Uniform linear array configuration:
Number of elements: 48
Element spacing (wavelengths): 0.75
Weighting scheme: binomial
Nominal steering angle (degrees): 45
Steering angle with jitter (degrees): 43.813
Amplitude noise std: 0.05
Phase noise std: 0.05

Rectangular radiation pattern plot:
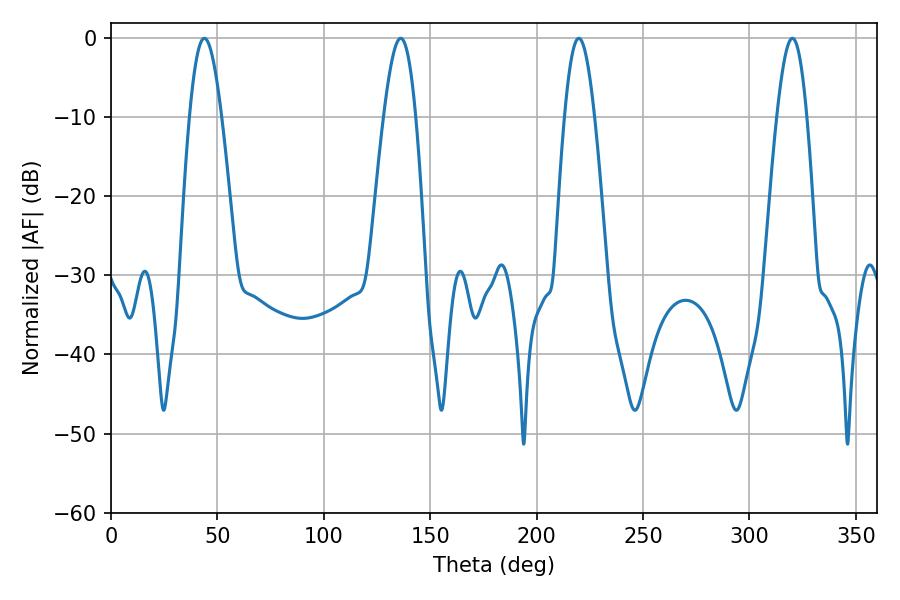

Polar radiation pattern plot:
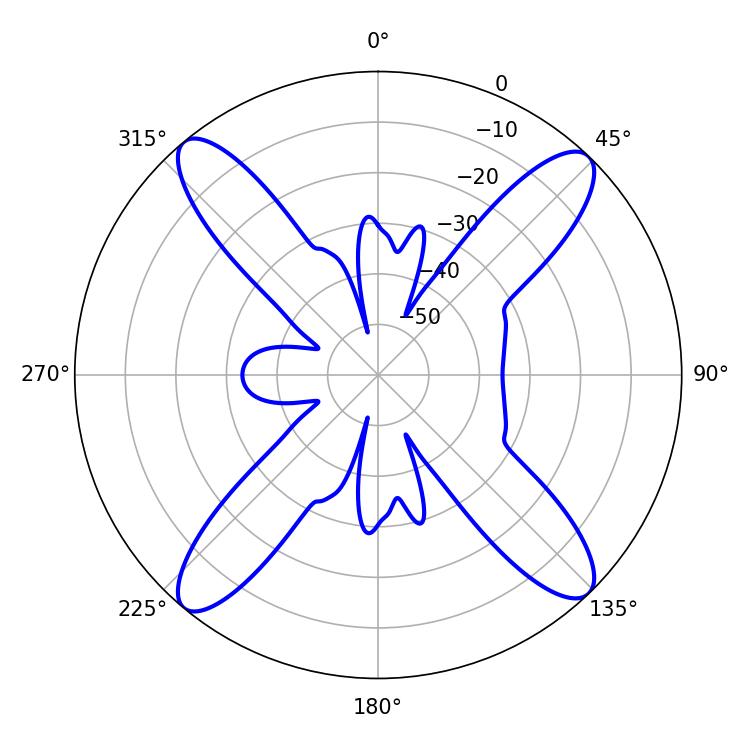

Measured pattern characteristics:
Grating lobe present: TRUE
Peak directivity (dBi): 18.271
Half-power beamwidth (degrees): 7.56
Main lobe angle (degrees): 219.78